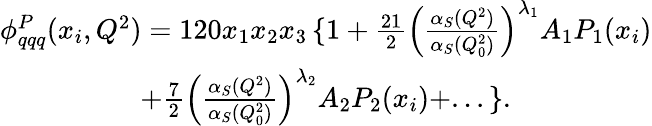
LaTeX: \begin{array}{c}{{\phi_{qqq}^{P}(x_{i},Q^{2})=120x_{1}x_{2}x_{3}\left\{ \right.1+{\frac{21}{2}}\left({\frac{\alpha_{S}(Q^{2})}{\alpha_{S}(Q_{0}^{2})}}\right)^{\lambda_{1}}A_{1}P_{1}(x_{i})}}\\ {{+{\frac{7}{2}}\left({\frac{\alpha_{S}(Q^{2})}{\alpha_{S}(Q_{0}^{2})}}\right)^{\lambda_{2}}A_{2}P_{2}(x_{i})+...\left.\right\} .}}\end{array}